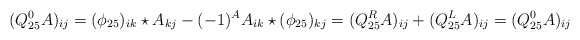
\begin{align*}(Q_{25}^0A)_{ij}=(\phi_{25})_{ik}\star A_{kj}-(-1)^AA_{ik}\star(\phi_{25})_{kj}=(Q_{25}^RA)_{ij}+(Q_{25}^LA)_{ij}=(Q_{25}^0A)_{ij}\end{align*}